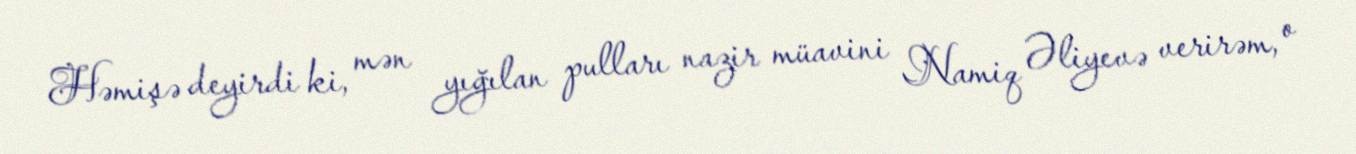
Həmişə deyirdi ki, mən yığılan pulları nazir müavini Namiq Əliyevə verirəm, o